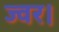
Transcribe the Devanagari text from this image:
ज्वर।